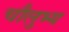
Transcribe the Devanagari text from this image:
चौलुभ्य